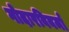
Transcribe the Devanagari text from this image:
गोदारविवर्मा